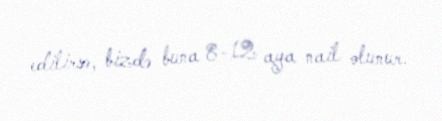
edilirsə, bizdə buna 8-12 aya nail olunur.